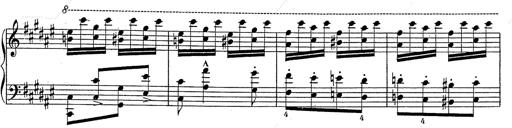
Title: Hungarian Rhapsody No.2
Composer: Franz Liszt
Key: C-sharp minor